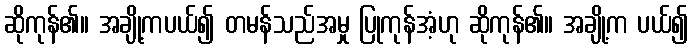
ဆိုကုန်၏။ အချို့ကပယ်၍ တမန်သည်အမှု ပြုကုန်အံ့ဟု ဆိုကုန်၏။ အချို့က ပယ်၍